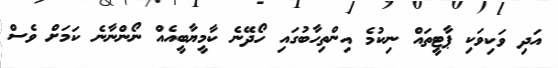
އަދި ވަކިވަކި ޕާޓީތައް ނިކުމެ އިންތިހާބުގައި ހޯދޭނެ ކާމީޔާބީއެއް ނޯންނާނެ ކަމަށް ވެސް